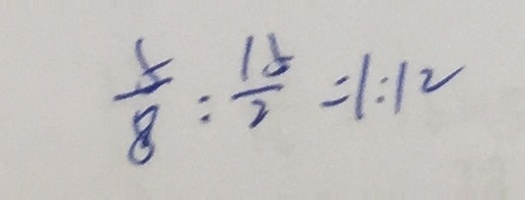
\frac { 5 } { 8 } : \frac { 1 5 } { 2 } = 1 : 1 2